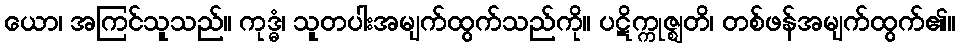
ယော၊ အကြင်သူသည်။ ကုဒ္ဓံ၊ သူတပါးအမျက်ထွက်သည်ကို။ ပဋိက္ကုဇ္ဈတိ၊ တစ်ဖန်အမျက်ထွက်၏။